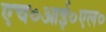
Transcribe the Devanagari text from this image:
एच०आई०एल०